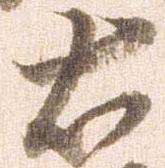
右